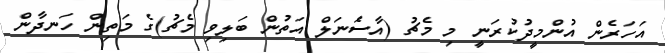
އަހަރެން އުންމީދުކުރަނީ މި މެޗު (އާސެަނަލް އަތުން ބަލިވި މެޗު)ގެ މަތިން ހަނދާން